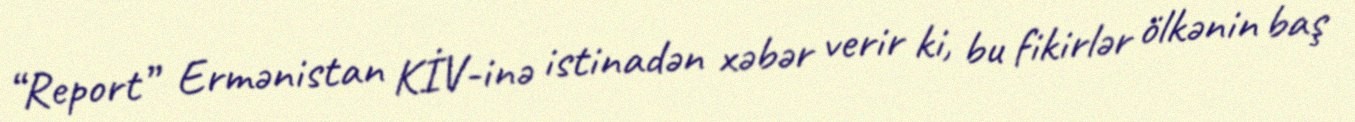
“Report” Ermənistan KİV-inə istinadən xəbər verir ki, bu fikirlər ölkənin baş